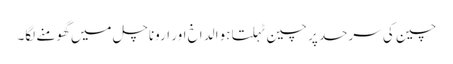
چین کی سرحد پر چین ٹہلتا ہوا لداخ اور اروناچل میں گھومنے لگا۔